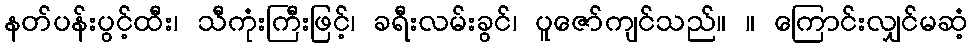
နတ်ပန်းပွင့်ထီး၊ သီကုံးကြီးဖြင့်၊ ခရီးလမ်းခွင်၊ ပူဇော်ကျင်သည်။ ။ ကြောင်းလျှင်မဆံ့